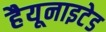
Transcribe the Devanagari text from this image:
हैयूनाइटेड